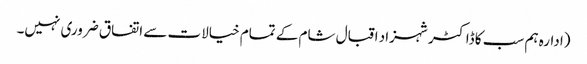
(ادارہ ہم سب کا ڈاکٹر شہزاد اقبال شام کے تمام خیالات سے اتفاق ضروری نہیں۔